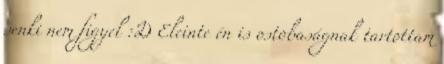
senki nem figyel :D Eleinte én is ostobaságnak tartottam